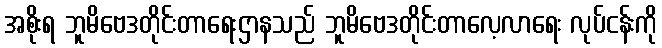
အစိုးရ ဘူမိဗေဒတိုင်းတာရေးဌာနသည် ဘူမိဗေဒတိုင်းတာလေ့လာရေး လုပ်ငန်းကို